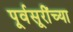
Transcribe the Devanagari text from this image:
पूर्वसूरींच्या